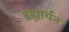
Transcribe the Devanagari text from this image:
ब्रह्मार्यन